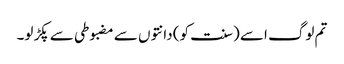
تم لوگ اسے (سنت کو) دانتوں سے مضبوطی سے پکڑ لو۔